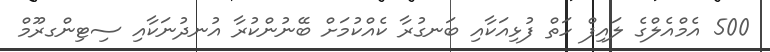
500 އެމްއެލްގެ ލައިފް ހަތް ފުޅިއަކާއި ބަނގުރާ ކެއްކުމަށް ބޭނުންކުރާ އުނދުނަކާއި ސިޓިންގރޫމް